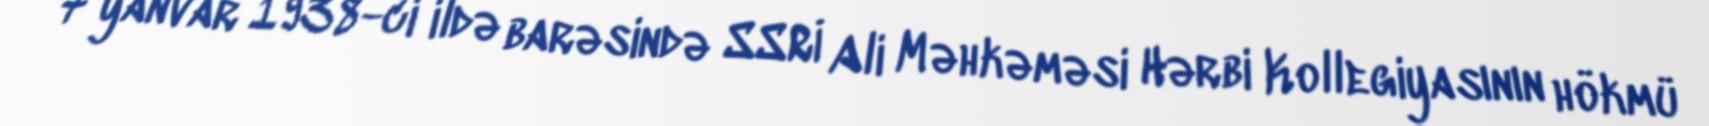
7 yanvar 1938-ci ildə barəsində SSRİ Ali Məhkəməsi Hərbi Kollegiyasının hökmü